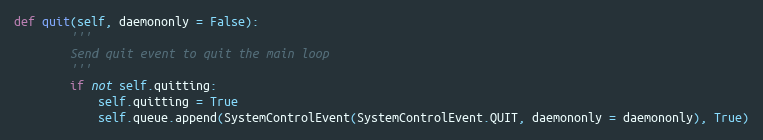
Language: Python
def quit(self, daemononly = False):
        '''
        Send quit event to quit the main loop
        '''
        if not self.quitting:
            self.quitting = True
            self.queue.append(SystemControlEvent(SystemControlEvent.QUIT, daemononly = daemononly), True)